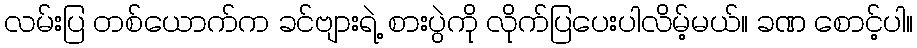
လမ်းပြ တစ်ယောက်က ခင်ဗျားရဲ့ စားပွဲကို လိုက်ပြပေးပါလိမ့်မယ်။ ခဏ စောင့်ပါ။